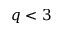
q < 3